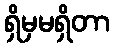
ရှိမှမရှိတာ